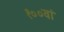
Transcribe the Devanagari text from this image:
१००वां